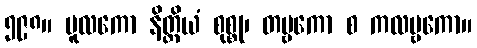
၅၉၈။ မူလကော နိတ္ထိယံ စုစ္စု၊ တမ္ဗကော စ ကလမ္ဗကော။